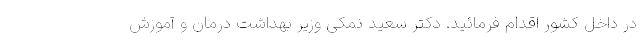
در داخل کشور اقدام فرمائید. دکتر سعید نمکی وزیر بهداشت درمان و‌ آموزش